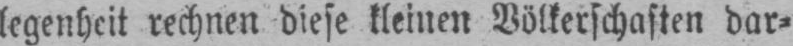
legenheit rechnen diese kleinen Völkerschaften dar⸗